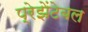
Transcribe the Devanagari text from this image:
प्रेझेंटेबल